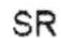
SR